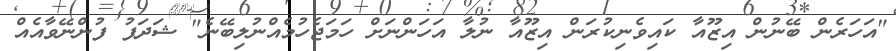
"އަހަރެން ބޭނުން އިޒޫއާ ކައިވެނިކުރަން އިޒޫއާ ނުލާ އަހަންނަށް ހަމަޖެހުމެއްނުލިބޭނެ" ޝަދަފު ފުންނޭވާއެއް